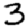
Digit: 3